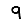
Digit: 9